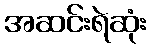
အဆင်းရဲဆုံး